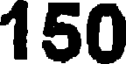
150